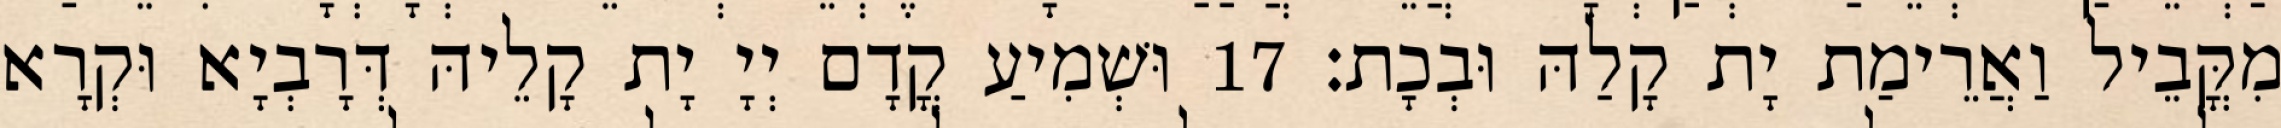
מִקֳּבֵיל וַאֲרֵימַת יָת קָלַהּ וּבְכָת׃ 17 וּשְׁמִיעַ קֳדָם יְיָ יָת קָלֵיהּ דְּרָבְיָא וּקְרָא